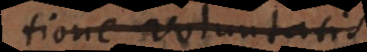
definitione voluntatis